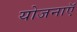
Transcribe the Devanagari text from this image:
योजनाऍं